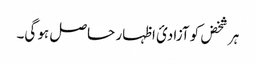
ہر شخض کو آزادئ اظہار حاصل ہو گی۔